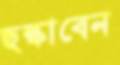
ছল্‌কাবেন